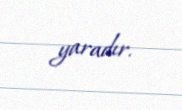
yaradır.